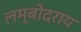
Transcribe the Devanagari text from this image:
लम्बोदराय